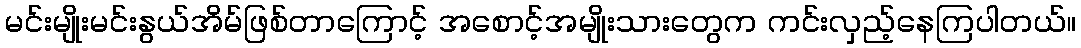
မင်းမျိုးမင်းနွယ်အိမ်ဖြစ်တာကြောင့် အစောင့်အမျိုးသားတွေက ကင်းလှည့်နေကြပါတယ်။